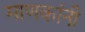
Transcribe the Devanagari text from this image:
माणकांनी